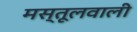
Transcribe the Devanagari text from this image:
मस्तूलवाली